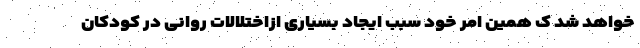
خواهد شد ک همین امر خود سبب ایجاد بسیاری ازاختلالات روانی در کودکان